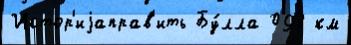
Истор'иjаправ'ить Бу́лла 093 км